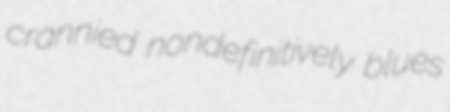
crannied nondefinitively blues